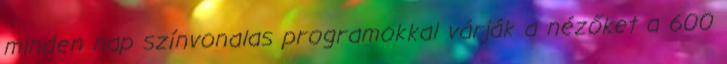
minden nap színvonalas programokkal várják a nézőket a 600